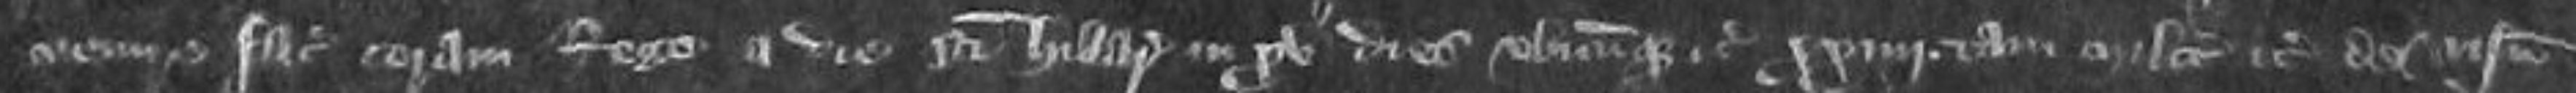
venire faciat coram Rege a die Sancti Hillarie in xv dies ubicumque etc xxiiii tam milites etc de visnetu